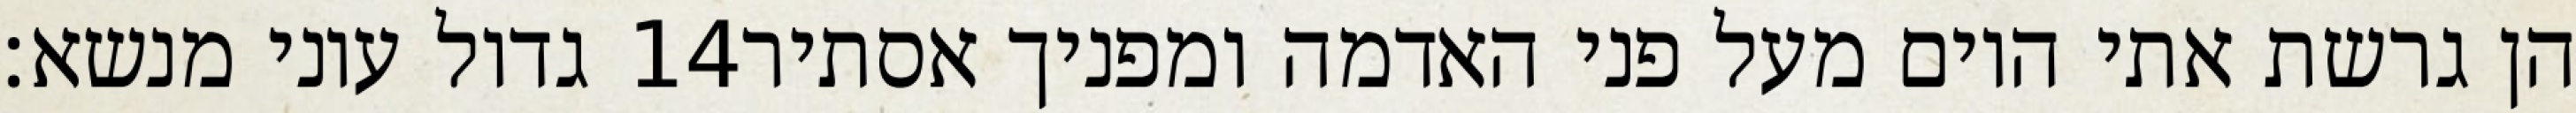
גדול עוני מנשא׃ ‎14‏ הן גרשת אתי היום מעל פני האדמה ומפניך אסתיר